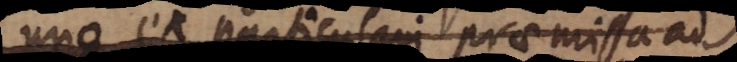
uno ex particulari praemissa ad